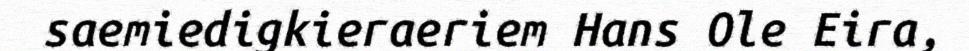
saemiedigkieraeriem Hans Ole Eira,